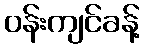
ဝန်းကျင်ခန့်